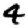
Digit: 4